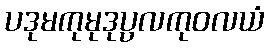
ပဒုမကုမုဒုပ္ပလကုဝလယံ